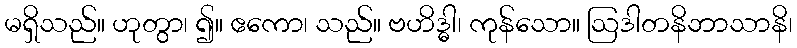
မရှိသည်။ ဟုတွာ၊ ၍။ ဧကော၊ သည်။ ဗဟိဒ္ဓါ၊ ကုန်သော။ ဩဒါတနိဘာသာနိ၊